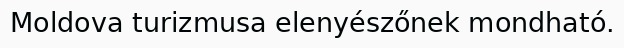
Moldova turizmusa elenyészőnek mondható.